Vital statistics of India. Vol. IV, Annual returns from 1871 to 1876. British Army of India, Native Army and jails of Bengal
Year: 1871
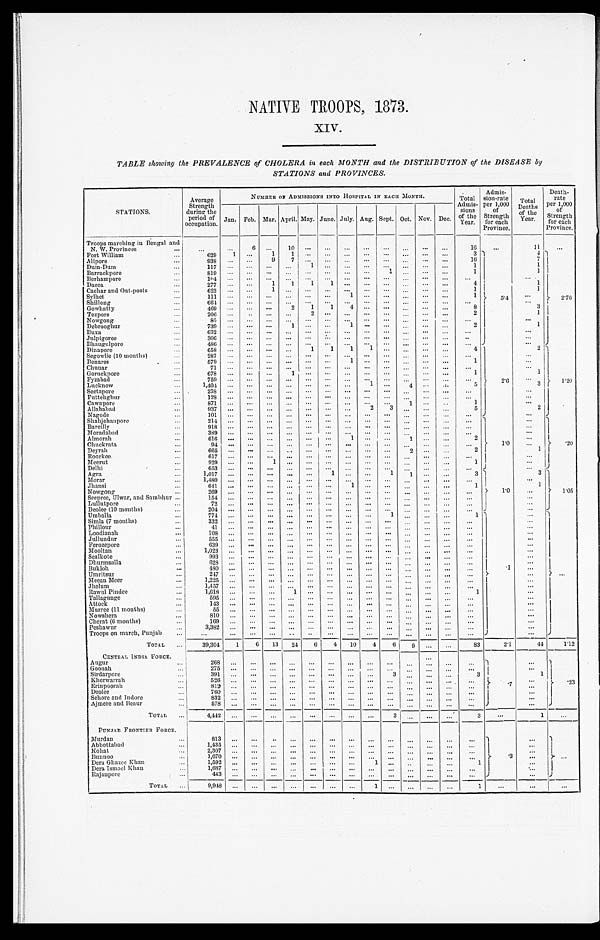
NATIVE TROOPS, 1873.
XIV.
TABLE showing the PREVALENCE of CHOLERA in each MONTH and the DISTRIBUTION of the DISEASE by
STATIONS and PROVINCES.
STATIONS.
Average
Strength
during the
period of
occupation.
NUMBER OF ADMISSIONS INTO HOSPITAL IN EACH MONTH.
Total
Admis-
sions
of the
Year.
Admis-
sion-rate
per 1,000
of
Strength
for each
Province.
Tota l D e a t h s
of the
Year.
Death-
rate
per 1,000
of
Strength
for each
Province.
Jan. Feb. Mar. April. May. June. July. Aug. Sept. Oct. Nov. Dec.
Troops marching in Bengal and
N. W. Provinces . . .
. . .
. . .
6
. . .
1 0
. . .
. . .
. . .
. . .
. . .
. . .
. . .
. . .
16
. . .
11
. . .
Fort William . . .
629
1
. . .
1
1
. . .
. . .
. . .
. . .
. . .
. . .
. . .
. . .
3
5.4
4
2.76
7
Alipore . . .
938
. . .
. . .
9
7
. . .
. . .
. . .
. . .
. . .
. . .
. . .
. . .
16
1
Dum-Dum . . .
1 1 7. . .
. . .
. . .
. . .
1
. . .
. . .
. . .
. . .
. . .
. . .
. . .
1
1
Barrackpore . . .
8 1 9. . .
. . .
. . .
. . .
. . .
. . .
. . .
. . .
1
. . .
. . .
. . .
1
. . .
Berhampore . . .
104
. . .
. . .
. . .
. . .
. . .
. . .
. . .
. . .
. . .
. . .
. . .
. . .
. . .
1
Dacca . . .
277
. . .
. . .
1
1
1 1
. . .
. . .. . .
. . .
. . .
. . .
4
1
Cachar and Out -posts . . .
623
. . .
. . .
1
. . .
. . .
. . .
. . .
. . .
. . .
. . .
. . .
. . .
1
. . .
Sylhet . . .
1 1 1. . .
. . .
. . .
. . .
. . . . . .
1
. . . . . .
. . .
. . .
. . .
1
. . .
Shillong . . .
6 6 4. . .
. . .
. . .
. . .
. . . . . .
. . .
. . . . . .
. . .
. . .
. . .
. . .
3
Gowhatty . . .
4 6 9. . .
. . .
. . .
2
1
1 4
. . .
. . .
. . .
. . .
. . .
8
1
Tezpore . . .
206
. . .
. . .
. . .
. . .
2
. . .. . .
. . . . . .
. . .
. . .
. . .
2
. . .
Nowgong . . .
8 5
. . .
. . .
. . .
. . .
. . .
. . .. . .
. . . . . .
. . .
. . .
. . .
. . .
1
Debrooghur . . .
739 . . .
. . .
. . .
1
. . .
. . .
1
. . . . . .
. . .
. . .
. . .
2
. . .
Buxa . . .
6 3 2. . .
. . .
. . .
. . .
. . .
. . .
. . .
. . . . . .
. . .
. . .
. . .
. . .
. . .
Julpigoree . . .
3 0 6. . .
. . .
. . .
. . .
. . .
. . .
. . .
. . . . . .
. . .
. . .
. . .
. . .
. . .
Bhaugulpore . . .
486 . . .
. . .
. . .
. . .
. . .
. . .
. . .
. . . . . .
. . .
. . .
. . .
. . .
Dinapore . . .
6 5 8. . .
. . .
. . .
. . .
1
1
1
1 . . .
. . .
. . .
. . .
4
2.6
2
1.20
. . .
Segowlie (10 months) . . .
2 8 7. . .
. . .
. . .
. . .
. . .
. . .
. . .
. . .. . .
. . .
. . .
. . .
. . .
. . .
Benares . . .
5 7 9. . .
. . .
. . .
. . .
. . .
. . .
1
. . .. . .
. . .
. . .
. . .
1
. . .
Chunar . . .
7 1
. . .
. . .
. . .
. . .
. . .
. . .
. . .
. . .. . .
. . .
. . .
. . .
. . .
1
Goruckpore . . .
6 7 8. . .
. . .
. . .
1
. . .
. . .
. . .
. . .. . .
. . .
. . .
. . .
1
. . .
Fyzabad . . .
7 5 9. . .
. . .
. . .
. . .
. . .
. . .
. . .
. . .. . .
. . .
. . .
. . .
. . .
3
Lucknow . . .
1 , 4 0 4. . .
. . .
. . .
. . .
. . .
. . .
. . .
1
. . .
4
. . .
. . .
5
. . .
Seetapore . . .
2 3 8
. . .
. . .
. . .
. . .
. . .
. . .
. . .
. . .. . .
. . .
. . .
. . .
. . .
. . .
Futtehghur . . .
1 2 8. . .
. . .
. . .
. . .
. . .
. . .
. . .
. . .. . .
. . .
. . .
. . .
. . .
. . .
Cawnpore . . .
8 7 1. . .
. . .
. . .
. . .
. . .
. . .
. . .
. . .. . .
1
. . .
. . .
1
2
Allahabad . . .
937
. . .
. . .
. . .
. . .
. . .
. . .
. . .
2
3
. . .
. . .
. . .
5
. . .
Nagode . . .
1 0 1. . .
. . .
. . .
. . .
. . . . . .
. . .
. . .
. . .
. . .
. . .
. . .
. . .
Shahjehanpore . . .
214 . . .
. . .
. . .
. . .
. . . . . .
. . .
. . .
. . .
. . .
. . .
. . .
. . .
1.0
. . .
.20
. . .
Bareilly . . .
9 1 8. . .
. . .
. . .
. . .
. . . . . .
. . .
. . . . . .
. . .
. . .
. . .
. . .
. . .
Moradabad . . .
3 8 9. . .
. . .
. . .
. . .
. . . . . .
. . .
. . . . . .
. . .
. . .
. . .
. . .
. . .
Almorah . . .
6 1 6. . .
. . .
. . .
. . .
. . . . . .
1
. . . . . .
1
. . .
. . .
2
. . .
Chuckrata . . .
9 4
. . .
. . .
. . .
. . .
. . . . . .
. . .
. . . . . .
. . .
. . .
. . .
. . .
1
Deyrah . . .
6 6 5. . .
. . .
. . .
. . .
. . . . . .
. . .
. . . . . .
2
. . .
. . .
2
. . .
Roorke . . .
617 . . .
. . .
. . .
. . .
. . .
. . .
. . .
. . .
. . .
. . .
. . .
. . .
. . .
. . .
Meerut . . .
929
. . .
. . .
1
. . .
. . .
. . .
. . .
. . .
. . .
. . .
. . .
. . .
1
. . .
Delhi . . .
6 5 3
. . .
. . .
. . .
. . .
. . . . . .
. . .
. . . . . .
. . .
. . .
. . .
. . .
Agra . . .
1,017
. . .
. . .
. . .
. . .
. . .
1 . . .
. . .
1
1
. . .
. . .
3
1.0
3
1.05
. . .
Mor ar . . .
1 , 4 8 0
. . .
. . .
. . .
. . .
. . .
. . .
. . .
. . .
. . .
. . .
. . .
. . .
. . .
1
Jhansi . . .
6 4 1
. . .
. . .
. . .
. . .
. . . . . .
1
. . .
. . .
. . .
. . .
. . .
1
. . .
Nowgong . . .
2 6 9
. . .
. . .
. . .
. . .
. . . . . .
. . .
. . .
. . .
. . .
. . .
. . .
. . .
. . .
Seepree, Ulwar, and Sambhur . . .
154
. . .
. . .
. . .
. . .
. . . . . .
. . .
. . .
. . .
. . .
. . .
. . .
. . .
. . .
Lullutpore . . .
7 2
. . .
. . .
. . .
. . .
. . . . . .
. . .
. . .
. . .
. . .
. . .
. . .
. . .
. . .
Deolee (10 months) . . .
2 0 4
. . .
. . .
. . . . . .
. . .
. . . . . .
. . . . . .
. . .
. . .
. . .
. . .
Umballa . . .
7 7 4
. . .
. . .
. . .
. . .
. . . . . .
. . .
. . .
1
. . .
. . .
. . .
1
.1
. . .
. . .
. . .
Simla (7 months) . . .
332
. . .
. . .
. . .
. . .
. . . . . .
. . .
. . .
. . .
. . .
. . .
. . .
. . .
. . .
Phillour . . .
41
. . .
. . .
. . .
. . .
. . . . . .
. . .
. . .
. . .
. . .
. . .
. . .
. . .
. . .
Loodianah . . .
1 0 8
. . .
. . .
. . .
. . .
. . .
. . .
. . .
. . .
. . .
. . .
. . .
. . .
. . .
. . .
Jullundur . . .
555
. . .
. . .
. . .
. . .
. . . . . .
. . .
. . . . . .
. . .
. . .
. . .
. . .
. . .
Ferozepore . . .
639
. . .
. . .
. . .
. . .
. . . . . .
. . .
. . . . . .
. . .
. . .
. . .
. . .
. . .
Mooltan . . .
1 , 0 2 3
. . .
. . .
. . .
. . .
. . . . . .
. . .
. . . . . .
. . .
. . .
. . .
. . .
. . .
Sealkote . . .
9 9 3
. . .
. . .
. . .
. . .
. . . . . .
. . .
. . . . . .
. . .
. . .
. . .
. . .
. . .
Dhurmsalla . . .
6 2 8
. . .
. . .
. . .
. . .
. . . . . .
. . .
. . . . . .
. . .
. . .
. . .
. . .
. . .
Bukloh . . .
480
. . .
. . .
. . .
. . .
. . . . . .
. . .
. . . . . .
. . .
. . .
. . .
. . .
. . .
Umritsu
2 4 7
. . .
. . .
. . .
. . .
. . . . . .
. . .
. . . . . .
. . .
. . .
. . .
. . .
. . .
Meean Meer . . .
1 , 2 2 5
. . .
. . .
. . .
. . .
. . . . . .
. . .
. . . . . .
. . .
. . .
. . .
. . .
. . .
Jhelum . . .
1 , 4 5 7
. . .
. . .
. . .
. . .
. . . . . .
. . .
. . . . . .
. . .
. . .
. . .
. . .
. . .
Rawul Pindee . . .
1,618
. . .
. . .
. . .
1
. . . . . .
. . .
. . . . . .
. . .
. . .
. . .
1
. . .
Tallagunge . . .
5 9 5
. . .
. . .
. . .
. . .
. . . . . .
. . .
. . . . . .
. . .
. . .
. . .
. . .
. . .
Attock . . .
1 4 3
. . .
. . .
. . .
. . .
. . . . . .
. . .
. . . . . .
. . .
. . .
. . .
. . .
. . .
Murree (11 months) . . .
5 5
. . .
. . .
. . .
. . .
. . . . . .
. . .
. . . . . .
. . .
. . .
. . .
. . .
. . .
Nowshera . . .
810
. . .
. . .
. . .
. . .
. . . . . .
. . .
. . .
. . .
. . .
. . .
. . .
. . .
. . .
Cherat (6 months) . . .
1 6 9
. . .
. . .
. . .
. . .
. . . . . .
. . .
. . .
. . .
. . .
. . .
. . .
. . .
. . .
Pe s h a wu r . . .
3 , 3 8 2
. . .
. . .
. . .
. . .
. . . . . .
. . .
. . .
. . .
. . .
. . .
. . .
. . .
. . .
Troops on march, Punjab . . .
. . .
. . .
. . .
. . .
. . .
. . .
. . .
. . .
. . .
. . .
. . .
. . .
. . .
. . .
T O T A L . . .
39,304
1
6
13
24
6
4
10
4
6
9
. . .
. . .
83
2.1
44
1.12
CENTRAI. INDIA. FORCE.
. . .
.7
.2
3
. . .
Augur . . .
2 6 8. . .
. . .
. . .
. . .
. . .
. . .
. . .
. . .. . .
. . .
. . .
. . .
. . .
. . .
Goonah . . .
275 . . .
. . .
. . .
. . .
. . .
. . .
. . .
. . .. . .
. . .
. . .
. . .
. . .
1
Sirdarpore . . .
3 9 1. . .
. . .
. . .
. . .
. . .
. . .
. . .
. . .3
. . .
. . .
. . .
3
. . .
Kherwarrah . . .
5 2 6. . .
. . .
. . .
. . .
. . .
. . .
. . .
. . .. . .
. . .
. . .
. . .
. . .
. . .
Erinpoorah . . .
8 1 2
. . .. . .
. . .
. . .
. . .
. . .
. . .
. . .. . .
. . .
. . .
. . .
. . .
. . .
Deolee . . .
760
. . .. . .
. . .
. . .
. . .
. . .
. . .
. . .
. . .
. . .
. . .
. . .
. . .
. . .
Sehore and Indore . . .
832
. . .
. . .
. . .
. . .
. . .
. . .
. . .
. . .
. . .
. . .
. . .
. . .
. . .
. . .
Ajmere and Beaur . . .
5 7 8
. . . . . .
. . .
. . .
. . .
. . .
. . .
. . .
. . .
. . .
. . .
. . .
. . .
T O T A L . . .
4,442
. . . . . .
. . .
. . .
. . .
. . .
. . .
. . .
3
. . .
. . .
. . .
3
. . .
1
. . .
PUNJAB FRONTIER FORCE.
.3
. . .
. . .
. . .
Murdan . . .
813
. . .
. . .
. . .
. . .
. . .
. . . . . .
. . .
. . .
. . .
. . .
. . . . . .
. . .
Abbottabad . . .
1 , 4 3 5
. . .. . .
. . .. . .
. . .
. . .
. . .
. . .
. . .
. . .
. . .
. . .
. . .
. . .
Kohat . . .
2 , 3 0 7
. . .. . .
. . .. . .
. . .
. . .
. . .
. . .
. . .
. . .
. . .
. . .
. . .
. . .
Bunnoo . . .
1 , 6 7 0
. . .. . .
. . .. . .
. . .
. . .
. . .
. . .
. . .
. . .
. . .
. . .
. . .
. . .
Dera Ghazee Khan . . .
1 , 5 9 2
. . .. . .
. . .. . .
. . .
. . .
. . .
1
. . .
. . .
. . .
. . .
1
. . .
Dera Ismael Khan . . .
1 , 6 8 7
. . .. . .
. . .. . .
. . .
. . .
. . .
. . .
. . .
. . .
. . .
. . .
. . .
. . .
Rajanpore . . .
4 4 3
. . .
. . .
. . .. . .
. . .
. . .
. . .
. . .
. . .
. . .
. . .
. . .
. . .
TOTAL . . .
9 , 9 4 8
. . .. . .
. . .. . .
. . .
. . .
. . .
1
. . .
. . .
. . .
. . .
1
. . .
. . .
. . .